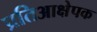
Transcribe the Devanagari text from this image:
प्रतिआक्षेपक